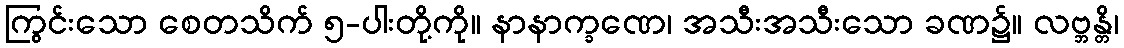
ကြွင်းသော စေတသိက် ၅-ပါးတို့ကို။ နာနာက္ခဏေ၊ အသီးအသီးသော ခဏ၌။ လဗ္ဘန္တိ၊